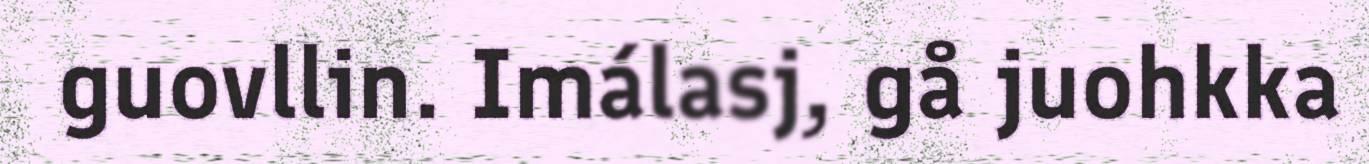
guovllin. Imálasj, gå juohkka